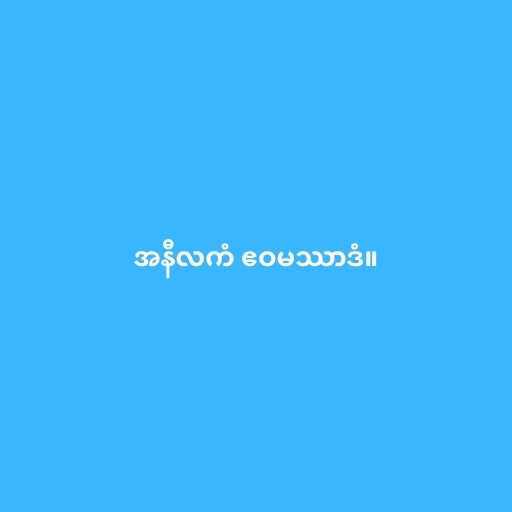
အနီလကံ ဧဝမဿာဒံ။